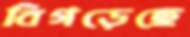
বিগড়েছে